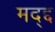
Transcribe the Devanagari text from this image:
मद्द्द